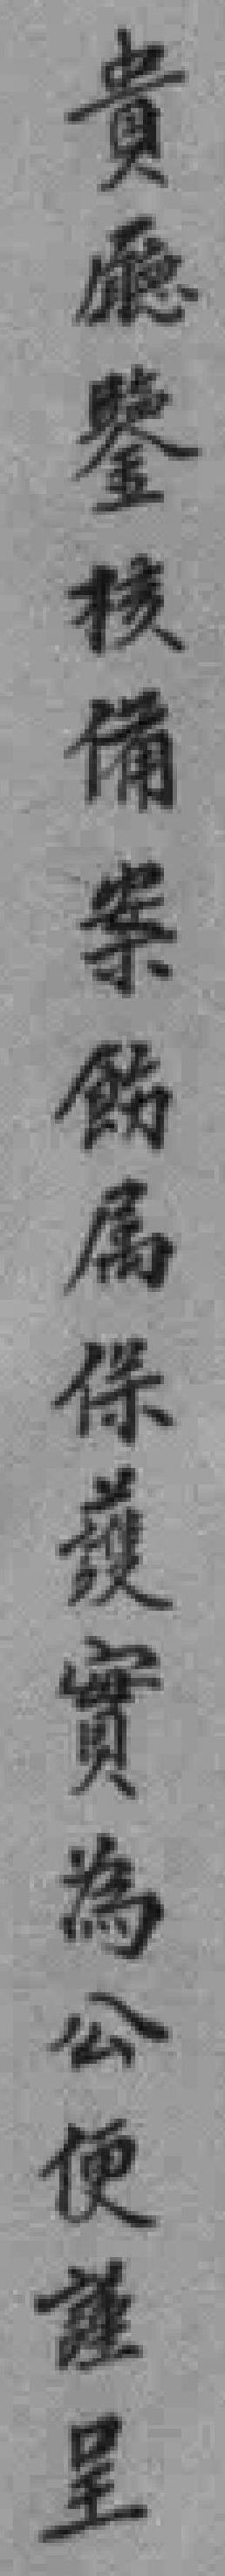
貴廳鑒核備案飭属保護實為公便謹呈